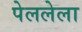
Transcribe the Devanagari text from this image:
पेललेला